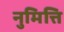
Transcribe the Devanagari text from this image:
नुमित्ति